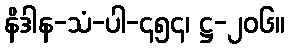
နိဒါန-သံ-ပါ-၄၅၄၊ ဋ္ဌ-၂၀၆။